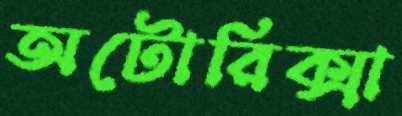
অটোরিক্সা